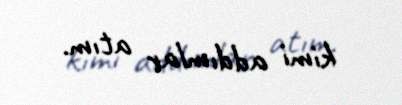
kimi addımlar atım.